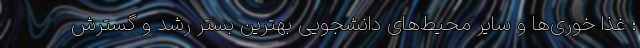
؛ غذا خوری‌‌ها و سایر محیط‌‌های دانشجویی بهترین بستر رشد و گسترش